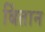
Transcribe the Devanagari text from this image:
बिंतान